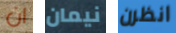
ان نيمان انظرن